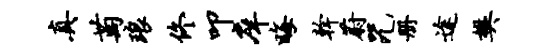
真萄琅佟叩庠晦干蔚咒册途樊